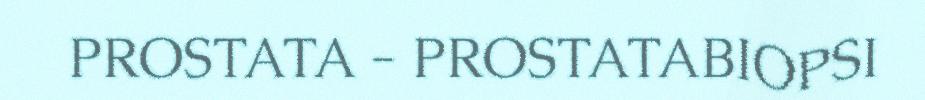
PROSTATA - PROSTATABIOPSI